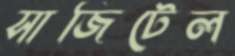
সাজিটেল